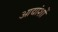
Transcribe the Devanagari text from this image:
आद्यांशों